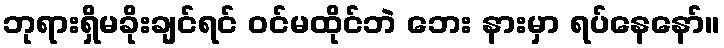
ဘုရားရှိမခိုးချင်ရင် ဝင်မထိုင်ဘဲ ဘေး နားမှာ ရပ်နေနော်။